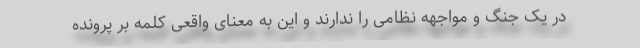
در یک جنگ و مواجهه نظامی را ندارند و این به معنای واقعی کلمه بر پرونده